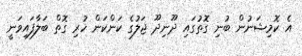
އެ ކޮމިޝަނުން ބުނި ގޮތުގައި ދޫނިދޫ ޖަލުގެ ކަންކަން ހުރި ގޮތް ބަލާފައިވަނީ